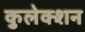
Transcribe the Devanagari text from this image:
कुलेक्शन